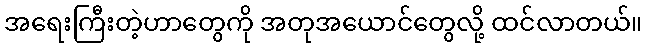
အရေးကြီးတဲ့ဟာတွေကို အတုအယောင်တွေလို့ ထင်လာတယ်။